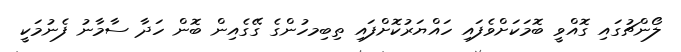
ލޯންޗުގައި ގޮއްވީ ބޮމަކަށްވެފައި ހައްޔަރުކޮށްފައި ތިބިމހުންގެ ގޭގެއިން ބޮން ހަދާ ސާމާނު ފެނުމަކީ